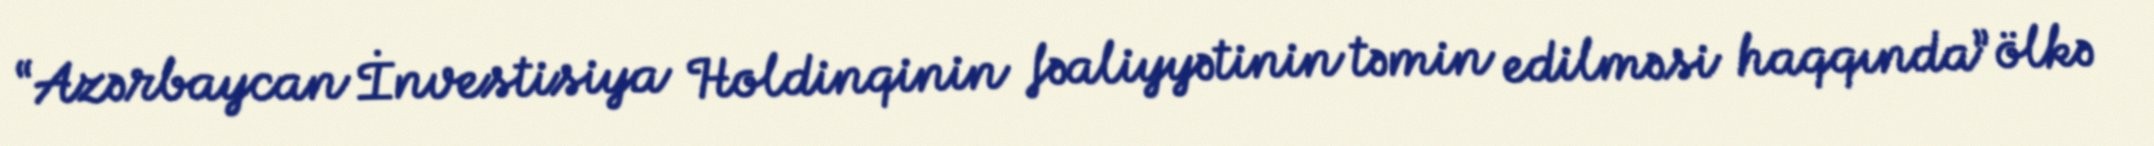
“Azərbaycan İnvestisiya Holdinqinin fəaliyyətinin təmin edilməsi haqqında” ölkə